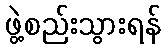
ဖွဲ့စည်းသွားရန်